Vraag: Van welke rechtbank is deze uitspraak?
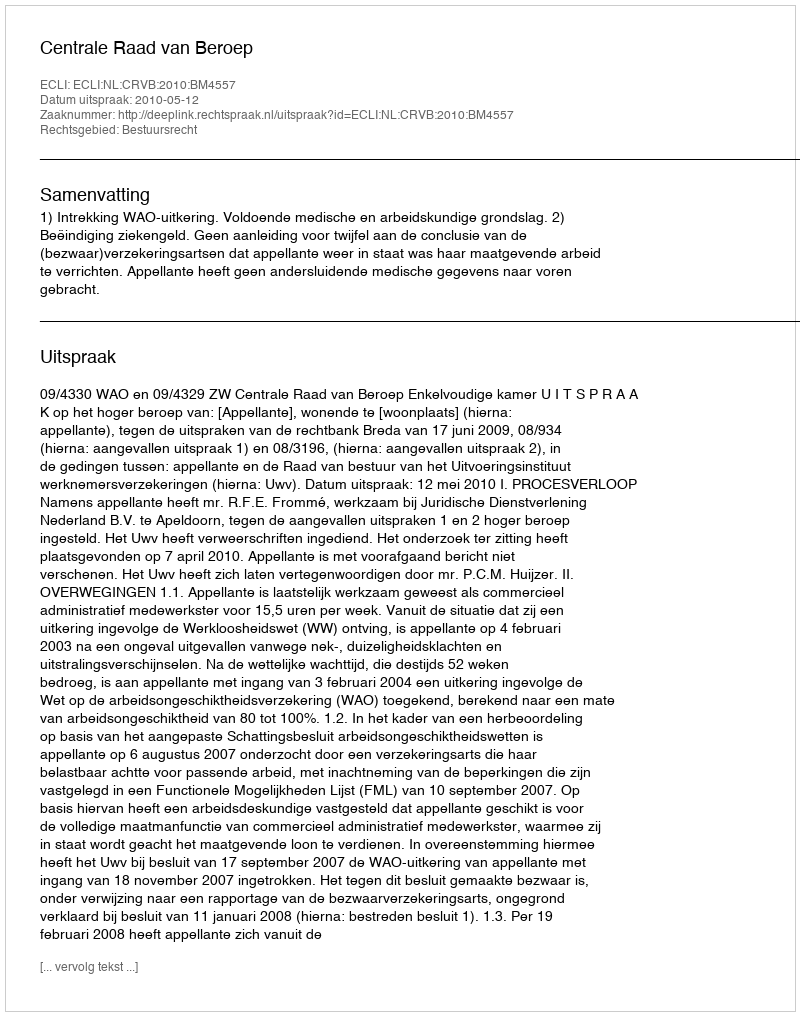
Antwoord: Centrale Raad van Beroep